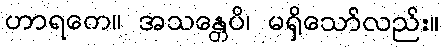
ဟာရကေ။ အသန္တေပိ၊ မရှိသော်လည်း။